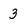
Character: 3